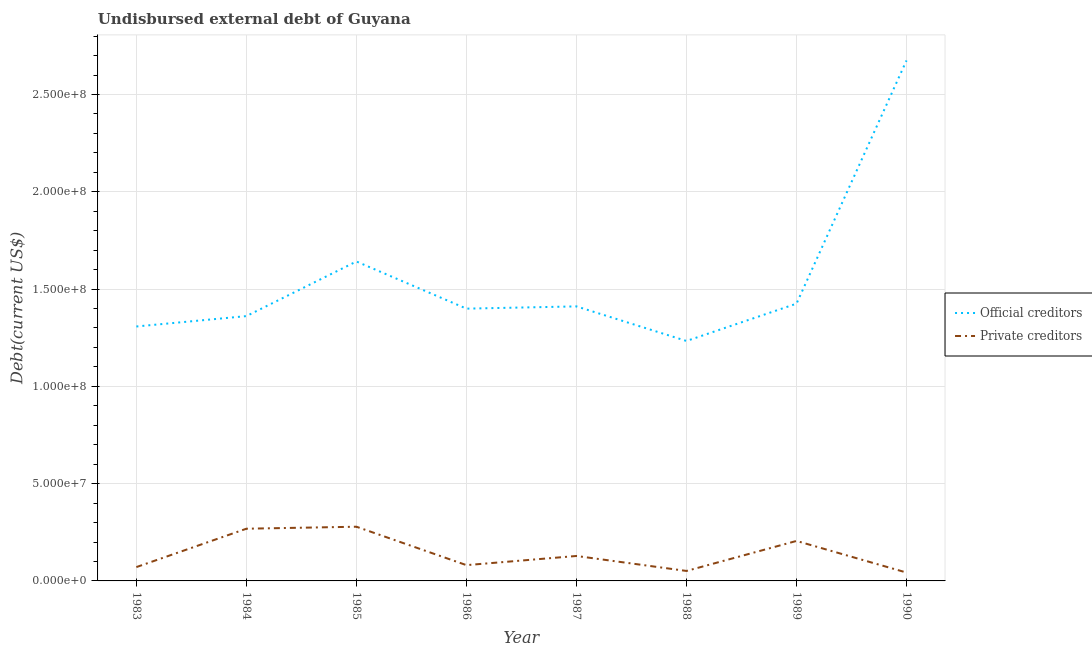
| Year | Official creditors | Private creditors |
 | --- | --- | --- |
 | 1983 | 1.31e+08 | 7.11e+06 |
 | 1984 | 1.36e+08 | 2.68e+07 |
 | 1985 | 1.64e+08 | 2.79e+07 |
 | 1986 | 1.4e+08 | 8.12e+06 |
 | 1987 | 1.41e+08 | 1.28e+07 |
 | 1988 | 1.23e+08 | 5.13e+06 |
 | 1989 | 1.42e+08 | 2.06e+07 |
 | 1990 | 2.67e+08 | 4.3e+06 |